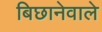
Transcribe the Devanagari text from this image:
बिछानेवाले